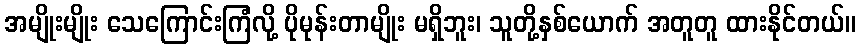
အမျိုးမျိုး သေကြောင်းကြံလို့ ပိုမုန်းတာမျိုး မရှိဘူး၊ သူတို့နှစ်ယောက် အတူတူ ထားနိုင်တယ်။